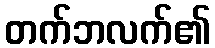
တက်ဘလက်၏